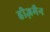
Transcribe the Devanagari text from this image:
हीज़मैन